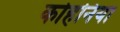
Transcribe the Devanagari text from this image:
कोहनिया